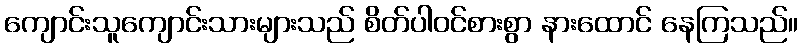
ကျောင်းသူကျောင်းသားများသည် စိတ်ပါဝင်စားစွာ နားထောင် နေကြသည်။